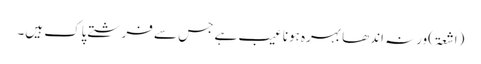
(اشعۃ)ورنہ اندھا بہرہ ہونا عیب ہے جس سے فرشتے پاک ہیں۔